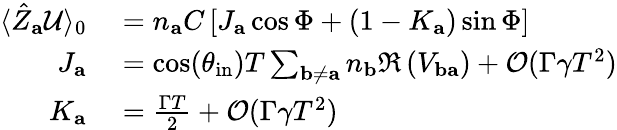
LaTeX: \begin{array}{rl}{\langle\hat{Z}_{\mathbf{a}}\mathcal{U}\rangle_{0}}&{{}=n_{\mathbf{a}}C\left[J_{\mathbf{a}}\cos\Phi+\left(1-K_{\mathbf{a}}\right)\sin\Phi\right]}\\ {J_{\mathbf{a}}}&{{}=\cos(\theta_{\mathrm{in}})T\sum_{\mathbf{b}\neq\mathbf{a}}n_{\mathbf{b}}\Re\left(V_{\mathbf{ba}}\right)+\mathcal{O}(\Gamma\gamma T^{2})}\\ {K_{\mathbf{a}}}&{{}=\frac{\Gamma T}{2}+\mathcal{O}(\Gamma\gamma T^{2})}\end{array}